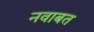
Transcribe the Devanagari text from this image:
नवाबत